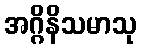
အဂ္ဂိနိသမာသု